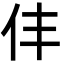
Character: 仹